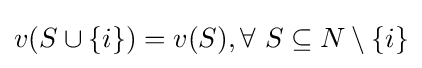
v(S\cup \{i\})=v(S),\forall ~S\subseteq N\setminus \{i\}